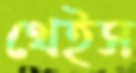
থেইস